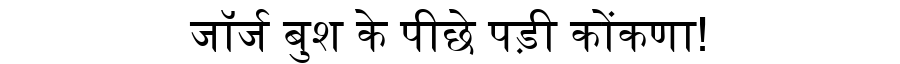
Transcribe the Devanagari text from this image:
जॉर्ज बुश के पीछे पड़ी कोंकणा!